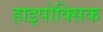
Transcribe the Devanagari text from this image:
हाइपोक्सिक